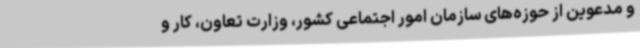
و مدعوین از حوزه‌های سازمان امور اجتماعی کشور، وزارت تعاون، کار و